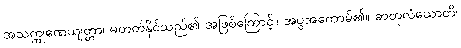
အသက္ကုဏေယျတ္တာ၊ မတတ်နိုင်သည်၏ အဖြစ်ကြောင့်။ အပွအကောမ်၏။ ဓာတုလံယောတိ၊